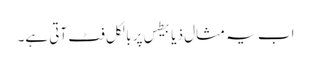
اب یہ مثال ذیابیطس پر بالکل فٹ آتی ہے۔